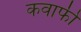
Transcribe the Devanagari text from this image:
कवाफी